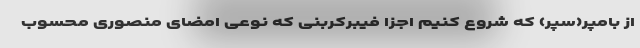
از بامپر(سپر) که شروع کنیم اجزا فیبرکربنی که نوعی امضای منصوری محسوب